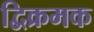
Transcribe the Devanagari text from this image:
द्विक्रमक